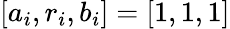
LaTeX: [a_{i},r_{i},b_{i}]=[1,1,1]